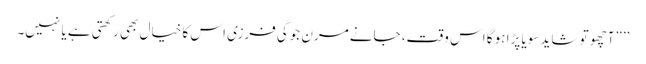
’’”آچھو تو شاید سویا پڑا ہو گا اس وقت، جانے مرن جوگی فرزی اس کا خیال بھی رکھتی ہے یا نہیں۔